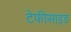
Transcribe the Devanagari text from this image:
टेफीसाइड